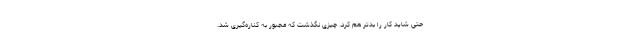
حتی شاید کار را بدتر هم کرد. چیزی نگذشت که مجبور به کناره‌گیری شد.